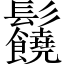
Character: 𩰈